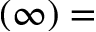
( \infty ) =